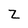
Character: Z